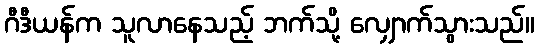
ဂီဒီယန်က သူလာနေသည့် ဘက်သို့ လျှောက်သွားသည်။